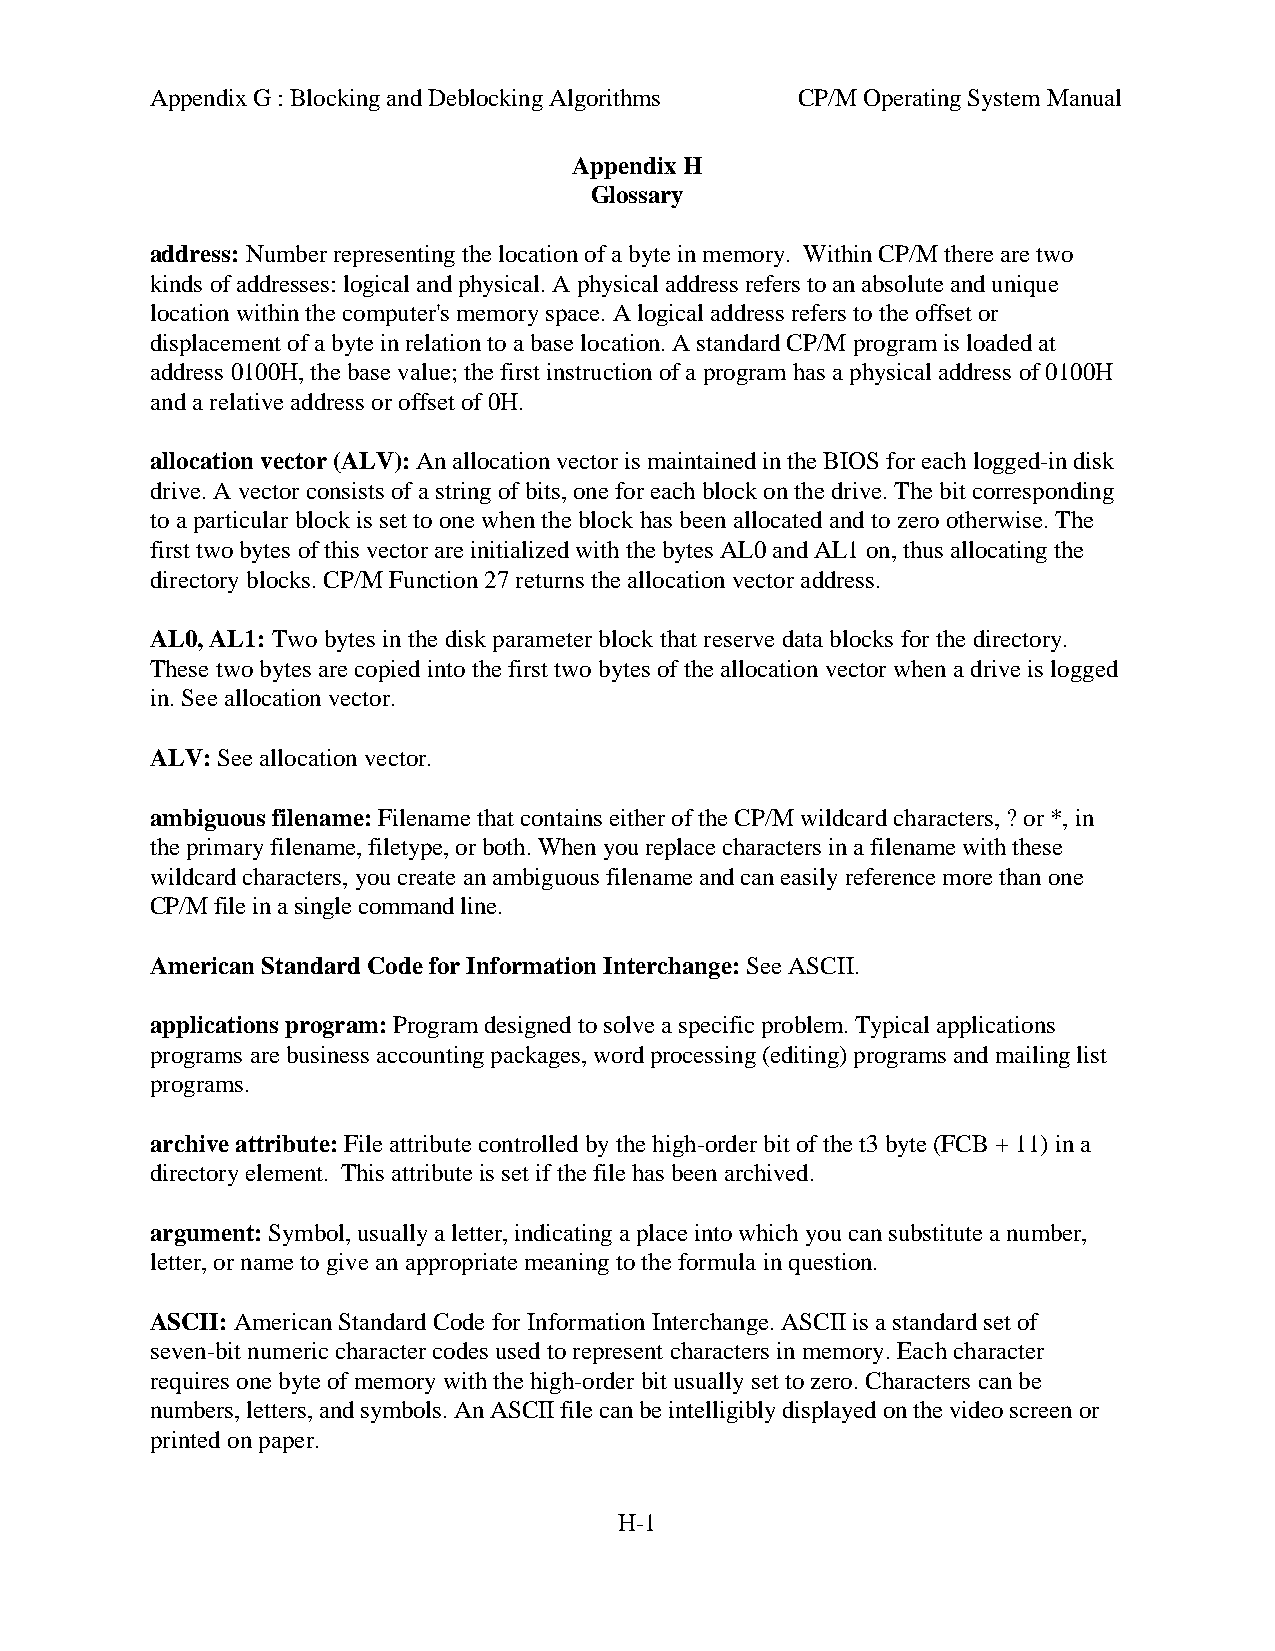
Appendix G : Blocking and Deblocking Algorithms CP/M Operating System Manual
 Appendix H
 Glossary
 address: Number representing the location of a byte in memory. Within CP/M there are two
 kinds of addresses: logical and physical. A physical address refers to an absolute and unique
 location within the computer's memory space. A logical address refers to the offset or
 displacement of a byte in relation to a base location. A standard CP/M program is loaded at
 address 0100H, the base value; the first instruction of a program has a physical address of 0100H
 and a relative address or offset of 0H.
 allocation vector (ALV): An allocation vector is maintained in the BIOS for each logged-in disk
 drive. A vector consists of a string of bits, one for each block on the drive. The bit corresponding
 to a particular block is set to one when the block has been allocated and to zero otherwise. The
 first two bytes of this vector are initialized with the bytes AL0 and AL1 on, thus allocating the
 directory blocks. CP/M Function 27 returns the allocation vector address.
 AL0, AL1: Two bytes in the disk parameter block that reserve data blocks for the directory.
 These two bytes are copied into the first two bytes of the allocation vector when a drive is logged
 in. See allocation vector.
 ALV: See allocation vector.
 ambiguous filename: Filename that contains either of the CP/M wildcard characters, ? or *, in
 the primary filename, filetype, or both. When you replace characters in a filename with these
 wildcard characters, you create an ambiguous filename and can easily reference more than one
 CP/M file in a single command line.
 American Standard Code for Information Interchange: See ASCII.
 applications program: Program designed to solve a specific problem. Typical applications
 programs are business accounting packages, word processing (editing) programs and mailing list
 programs.
 archive attribute: File attribute controlled by the high-order bit of the t3 byte (FCB + 11) in a
 directory element. This attribute is set if the file has been archived.
 argument: Symbol, usually a letter, indicating a place into which you can substitute a number,
 letter, or name to give an appropriate meaning to the formula in question.
 ASCII: American Standard Code for Information Interchange. ASCII is a standard set of
 seven-bit numeric character codes used to represent characters in memory. Each character
 requires one byte of memory with the high-order bit usually set to zero. Characters can be
 numbers, letters, and symbols. An ASCII file can be intelligibly displayed on the video screen or
 printed on paper.
 H-1